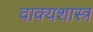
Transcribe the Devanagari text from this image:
वाक्यशास्त्र